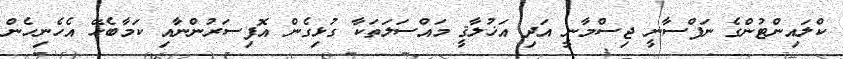
ކްލައިންޓުންގެ ނަފްސާނީ ޖިސްމާނީ އަދި އަޚުލާޤީ މައްސަލަތަކާ ގުޅިގެން އޮފިސަރުންނާއި ކަމާބެހޭ އެހެނިހެން